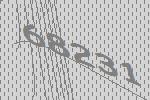
68231